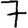
Digit: 7